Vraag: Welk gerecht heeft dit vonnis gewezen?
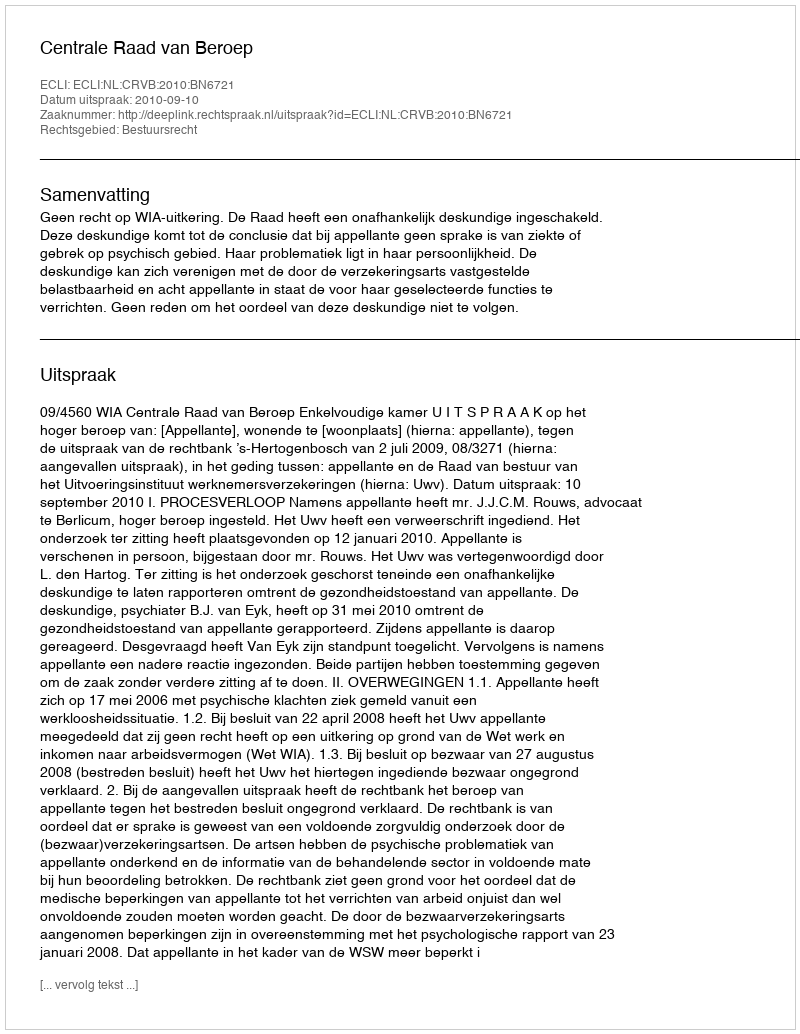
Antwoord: Centrale Raad van Beroep